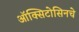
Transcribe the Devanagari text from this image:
ऑक्सिटोसिनचे